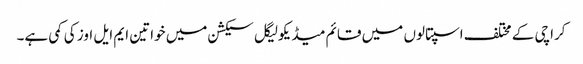
کراچی کے مختلف اسپتالوں میں قائم میڈیکولیگل سیکشن میں خواتین ایم ایل اوز کی کمی ہے۔